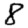
Digit: 8